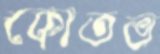
কোতভ